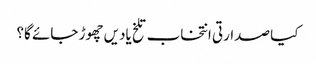
کیا صدارتی انتخاب تلخ یادیں چھوڑ جائے گا؟